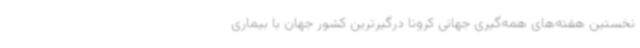
نخستین هفته‌های همه‌گیری جهانی کرونا درگیرترین کشور جهان با بیماری